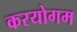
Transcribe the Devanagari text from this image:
करयोगम